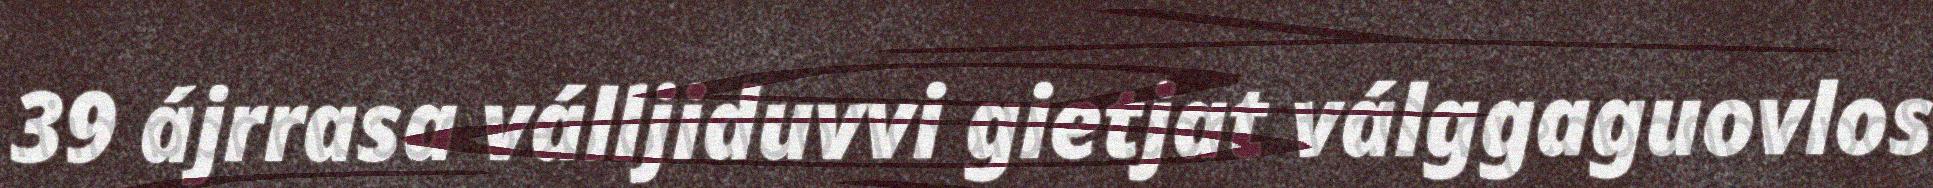
39 ájrrasa válljiduvvi gietjat válggaguovlos